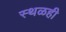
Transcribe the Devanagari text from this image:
स्थळही